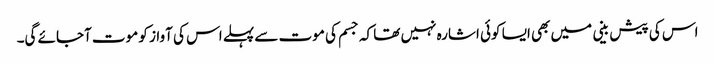
اس کی پیش بینی میں بھی ایسا کوئی اشارہ نہیں تھا کہ جسم کی موت سے پہلے اس کی آواز کو موت آجائے گی۔